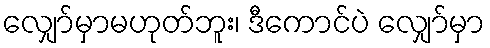
လျှော်မှာမဟုတ်ဘူး၊ ဒီကောင်ပဲ လျှော်မှာ